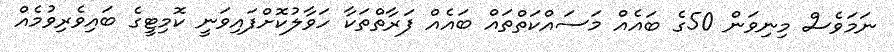
ނަމަވެސް މިނިވަން 50ގެ ބައެއް މަސައްކަތްތައް ބައެއް ފަރާތްތަކާ ހަވާލުކޮށްފައިވަނީ ކޮމިޓީގެ ބައިވެރިވުމެއް